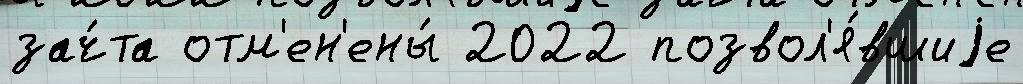
зач́та отм'ен'ены́ 2022 позвол'я́вшиjе